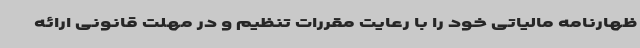
ظهارنامه مالیاتی خود را با رعایت مقررات تنظیم و در مهلت قانونی ارائه